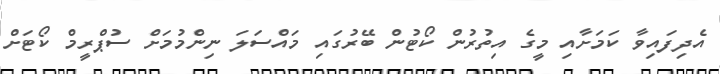
އެދިފައިވާ ކަމަށާއި މީގެ އިތުރުން ކޯޓުން ބޭރުގައި މައްސަލަ ނިންމުމަށް ސުޕްރީމް ކޯޓަށް